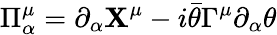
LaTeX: \Pi_{\alpha}^{\mu}=\partial_{\alpha}\mathbf{X}^{\mu}-i\bar{{\theta}}\Gamma^{\mu}\partial_{\alpha}\theta